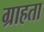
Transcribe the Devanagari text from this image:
ग्राहता